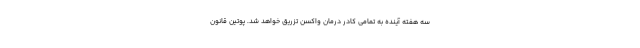
سه هفته آینده به تمامی کادر درمان واکسن تزریق خواهد شد. پوتین قانون